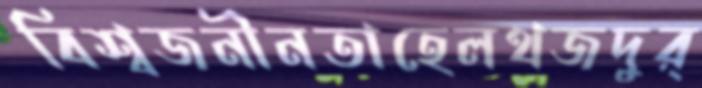
বিশ্বজনীনতাহেলথজদুর্